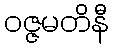
ဝဇ္ဇမတိနီ